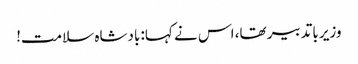
وزیر باتدبیر تھا، اس نے کہا: بادشاہ سلامت!